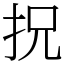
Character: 拀